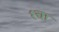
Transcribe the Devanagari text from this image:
१चा